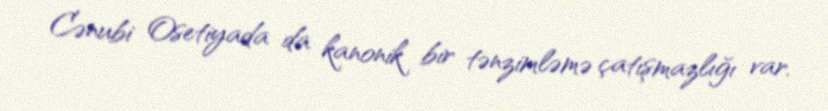
Cənubi Osetiyada da kanonik bir tənzimləmə çatışmazlığı var.